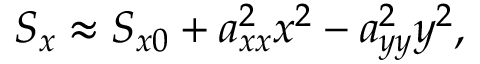
S _ { x } \approx S _ { x 0 } + a _ { x x } ^ { 2 } x ^ { 2 } - a _ { y y } ^ { 2 } y ^ { 2 } ,